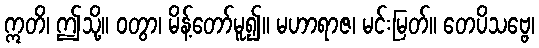
ဣတိ၊ ဤသို့။ ဝတွာ၊ မိန့်တော်မူ၍။ မဟာရာဇ၊ မင်းမြတ်။ တေပိသဗ္ဗေ၊